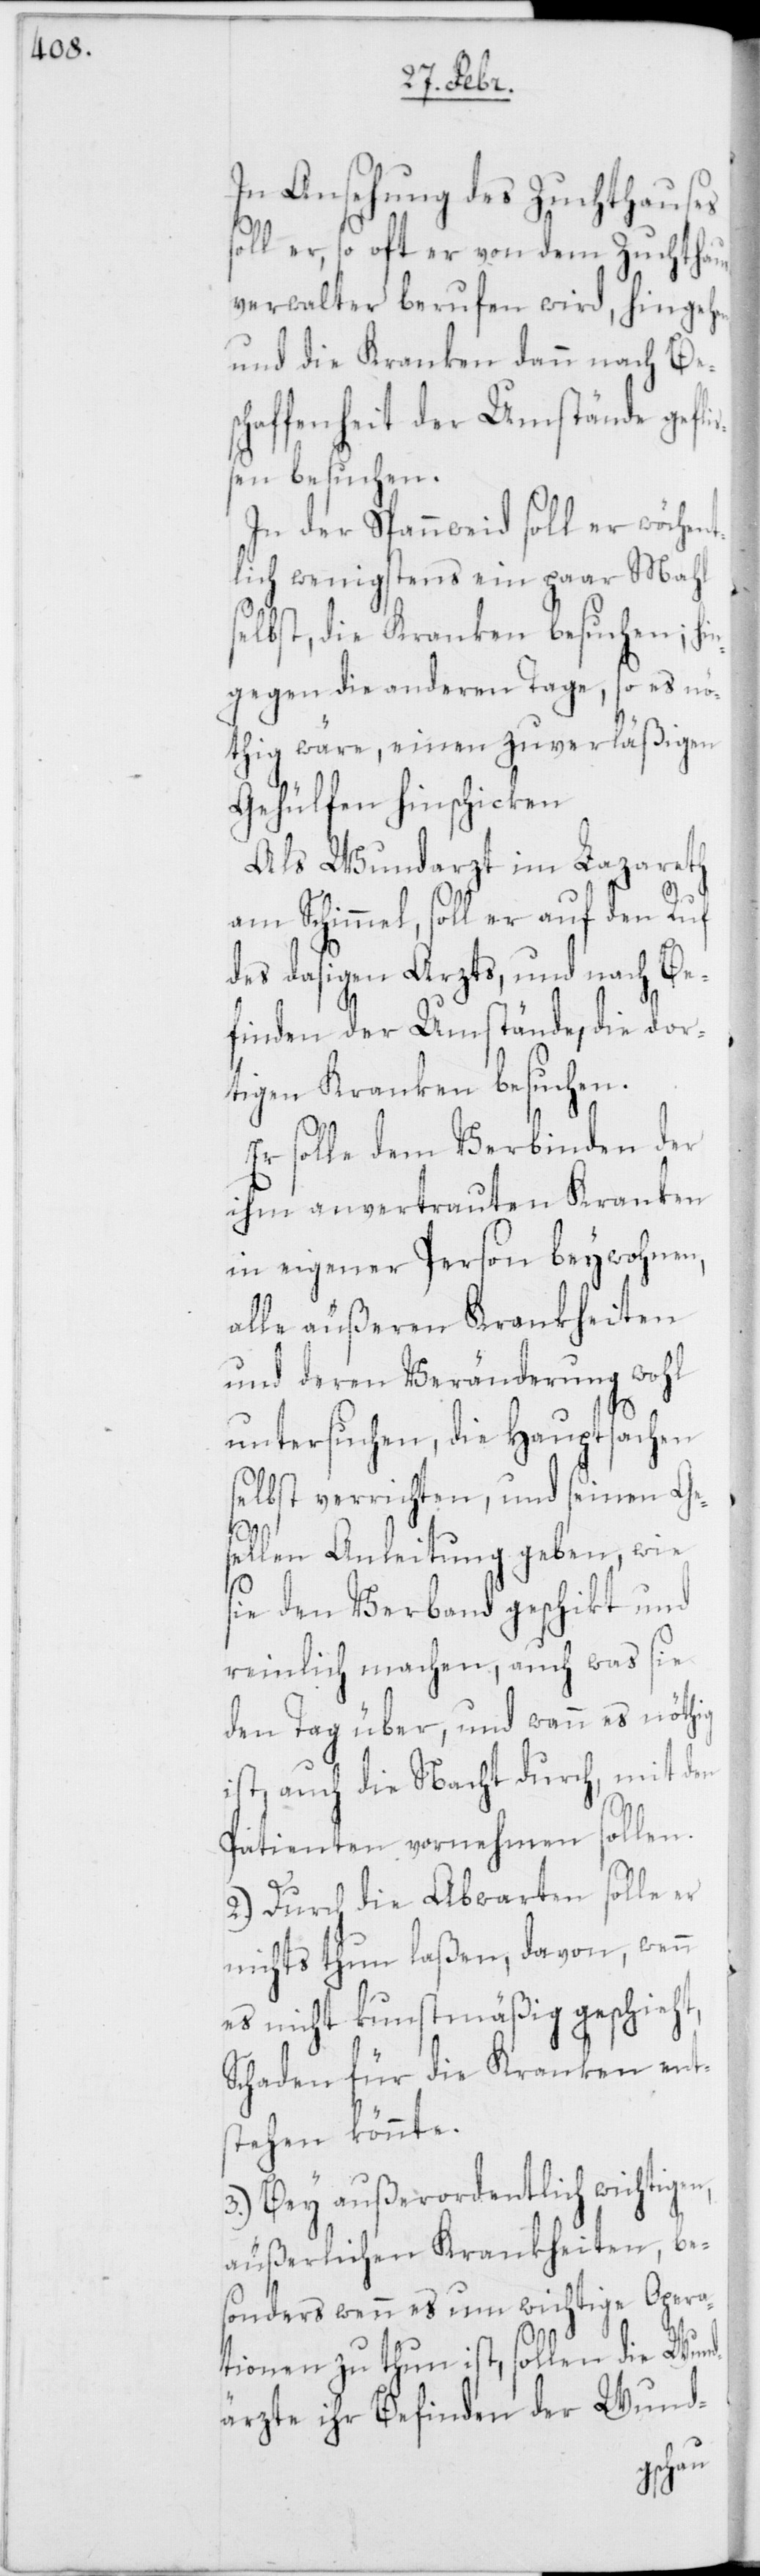
In Ansehung des Zuchthauses
soll er, so oft er von dem Zuchthau¬
sverwalter berufen wird, hinge¬
und die Kranken dann nach Be¬
schaffenheit der Umstände gefli¬
ßen besuchen.
In der Spannweid soll er wöchent¬
lich wenigstens ein paar Mahl
selbst, die Kranken besuchen; hi¬
ngegen die anderen Tage, so es nö¬
thig wäre, einen zuverläßigen
Gehülfen hinschicken.
Als Wundarzt im Lazareth
am Schimmel, soll er auf den Ruf
des dasigen Arzts, und nach Be¬
finden der Umstände, die dor¬
tigen Kranken besuchen.
Er solle dem Verbinden der
ihm anvertrauten Kranken
in eigener Person beywohnen,
alle äußeren Krankheiten
und deren Veränderung wohl
untersuchen, die Hauptsachen
selbst verrichten, und seinen Ge¬
sellen Anleitung geben, wie
sie den Verband geschikt und
reinlich machen, auch was sie
den Tag über, und wann es nöthig
ist auch die Nacht durch, mit den
Patienten vornehmen sollen.
2.) Durch die Abwarten solle er
nichts thun laßen, davon, wenn
es nicht kunstmäßig geschieht,
Schaden für die Kranken ent¬
stehen könnte.
3.) Bey außerordentlich wichtigen,
äußerlichen Krankheiten, be¬
sonders wenn es um wichtige Opera¬
tionen zu thun ist, sollen die Wund¬
ärzte ihr Befinden der Wund-
hen,